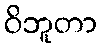
ဝိဘူတာ